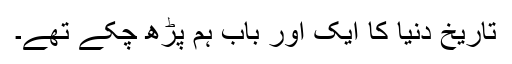
تاریخ دنیا کا ایک اور باب ہم پڑھ چکے تھے۔